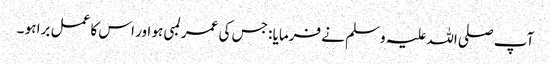
آپ صلی اللہ علیہ وسلم نے فرمایا : جس کی عمر لمبی ہو اور اس کا عمل برا ہو ۔